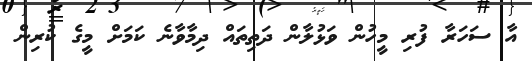
އާ ސަހަރާ ފުރި މީހުން ވަޅުލާން ދަތިތައް ދިމާވާނެ ކަމަށް މީގެ ކުރިން